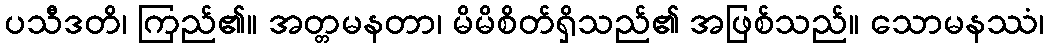
ပသီဒတိ၊ ကြည်၏။ အတ္တမနတာ၊ မိမိစိတ်ရှိသည်၏ အဖြစ်သည်။ သောမနဿံ၊